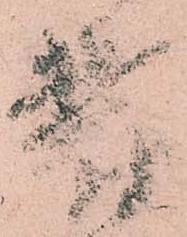
鬱